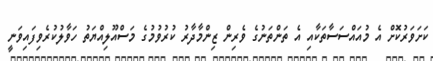
ކަށަވަރުކޮށް އެ މުއައްސަސާތަކާއި އެ ތަންތަނުގެ ވެރިން ޒިންމާދާރު ކުރުވުމުގެ މަސްއޫލިއްޔަތު ހަވާލުކުރެވިފައިވަނީ